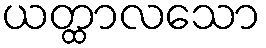
ယတ္ထာလသော